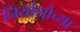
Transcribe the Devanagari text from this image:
नियोशोच्या